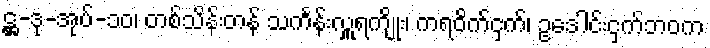
ဋ္ဌ-ဒု-အုပ်-၁၀၊ တစ်သိန်းတန် သင်္ကန်းလှူရကျိုး၊ ကရဝိက်ငှက်၊ ဥဒေါင်းငှက်ဘဝက